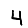
Digit: 4